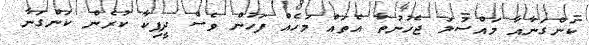
ކަންގަނާއާ މައްސަލަ ޖެހުނުތާ އެތައް މަހެއް ފަހުން ވެސް ދީޕިކާ ކުރެން ކަންގަނާ